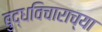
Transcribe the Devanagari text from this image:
बुद्धविचाराच्या